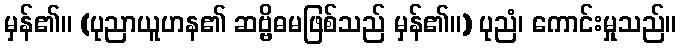
မှန်၏။ (ပုညာယူဟန၏ ဆဗ္ဗိဓမဖြစ်သည် မှန်၏။) ပုညံ၊ ကောင်းမှုသည်။